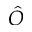
\hat { O }